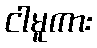
ငါမူကား